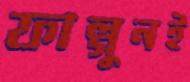
ফাল্গুনই